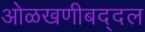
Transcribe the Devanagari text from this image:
ओळखणीबद्दल